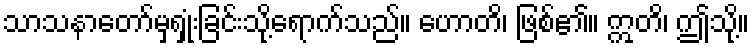
သာသနာတော်မှရှုံးခြင်းသို့ရောက်သည်။ ဟောတိ၊ ဖြစ်၏။ ဣတိ၊ ဤသို့။